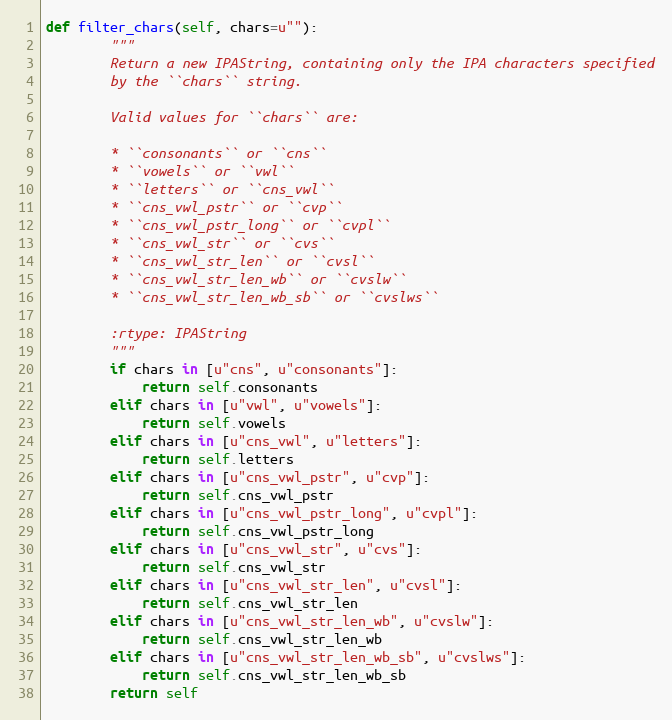
Language: Python
def filter_chars(self, chars=u""):
        """
        Return a new IPAString, containing only the IPA characters specified
        by the ``chars`` string.

        Valid values for ``chars`` are:

        * ``consonants`` or ``cns``
        * ``vowels`` or ``vwl``
        * ``letters`` or ``cns_vwl``
        * ``cns_vwl_pstr`` or ``cvp``
        * ``cns_vwl_pstr_long`` or ``cvpl``
        * ``cns_vwl_str`` or ``cvs``
        * ``cns_vwl_str_len`` or ``cvsl``
        * ``cns_vwl_str_len_wb`` or ``cvslw``
        * ``cns_vwl_str_len_wb_sb`` or ``cvslws``

        :rtype: IPAString
        """
        if chars in [u"cns", u"consonants"]:
            return self.consonants
        elif chars in [u"vwl", u"vowels"]:
            return self.vowels
        elif chars in [u"cns_vwl", u"letters"]:
            return self.letters
        elif chars in [u"cns_vwl_pstr", u"cvp"]:
            return self.cns_vwl_pstr
        elif chars in [u"cns_vwl_pstr_long", u"cvpl"]:
            return self.cns_vwl_pstr_long
        elif chars in [u"cns_vwl_str", u"cvs"]:
            return self.cns_vwl_str
        elif chars in [u"cns_vwl_str_len", u"cvsl"]:
            return self.cns_vwl_str_len
        elif chars in [u"cns_vwl_str_len_wb", u"cvslw"]:
            return self.cns_vwl_str_len_wb
        elif chars in [u"cns_vwl_str_len_wb_sb", u"cvslws"]:
            return self.cns_vwl_str_len_wb_sb
        return self